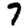
Digit: 7